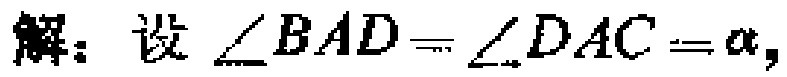
解：设\(\angle BAD = \angle DAC = \alpha\)，